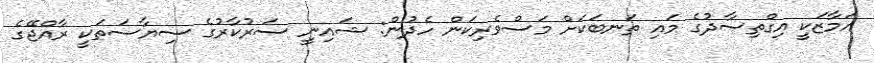
އަމާޒަކީ އިގްތިސާދުގެ މައި ތަނބަކަށް މަސްވެރިކަން ހެދުން: ޝައިނީ ސަރުކާރުގެ ސިޔާސަތަކީ ރާއްޖޭގެ